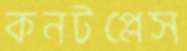
কনটপ্লেস